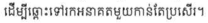
ដើម្បីឆ្ពោះទៅរកអនាគតមួុយកាន់តែប្រសើរ។